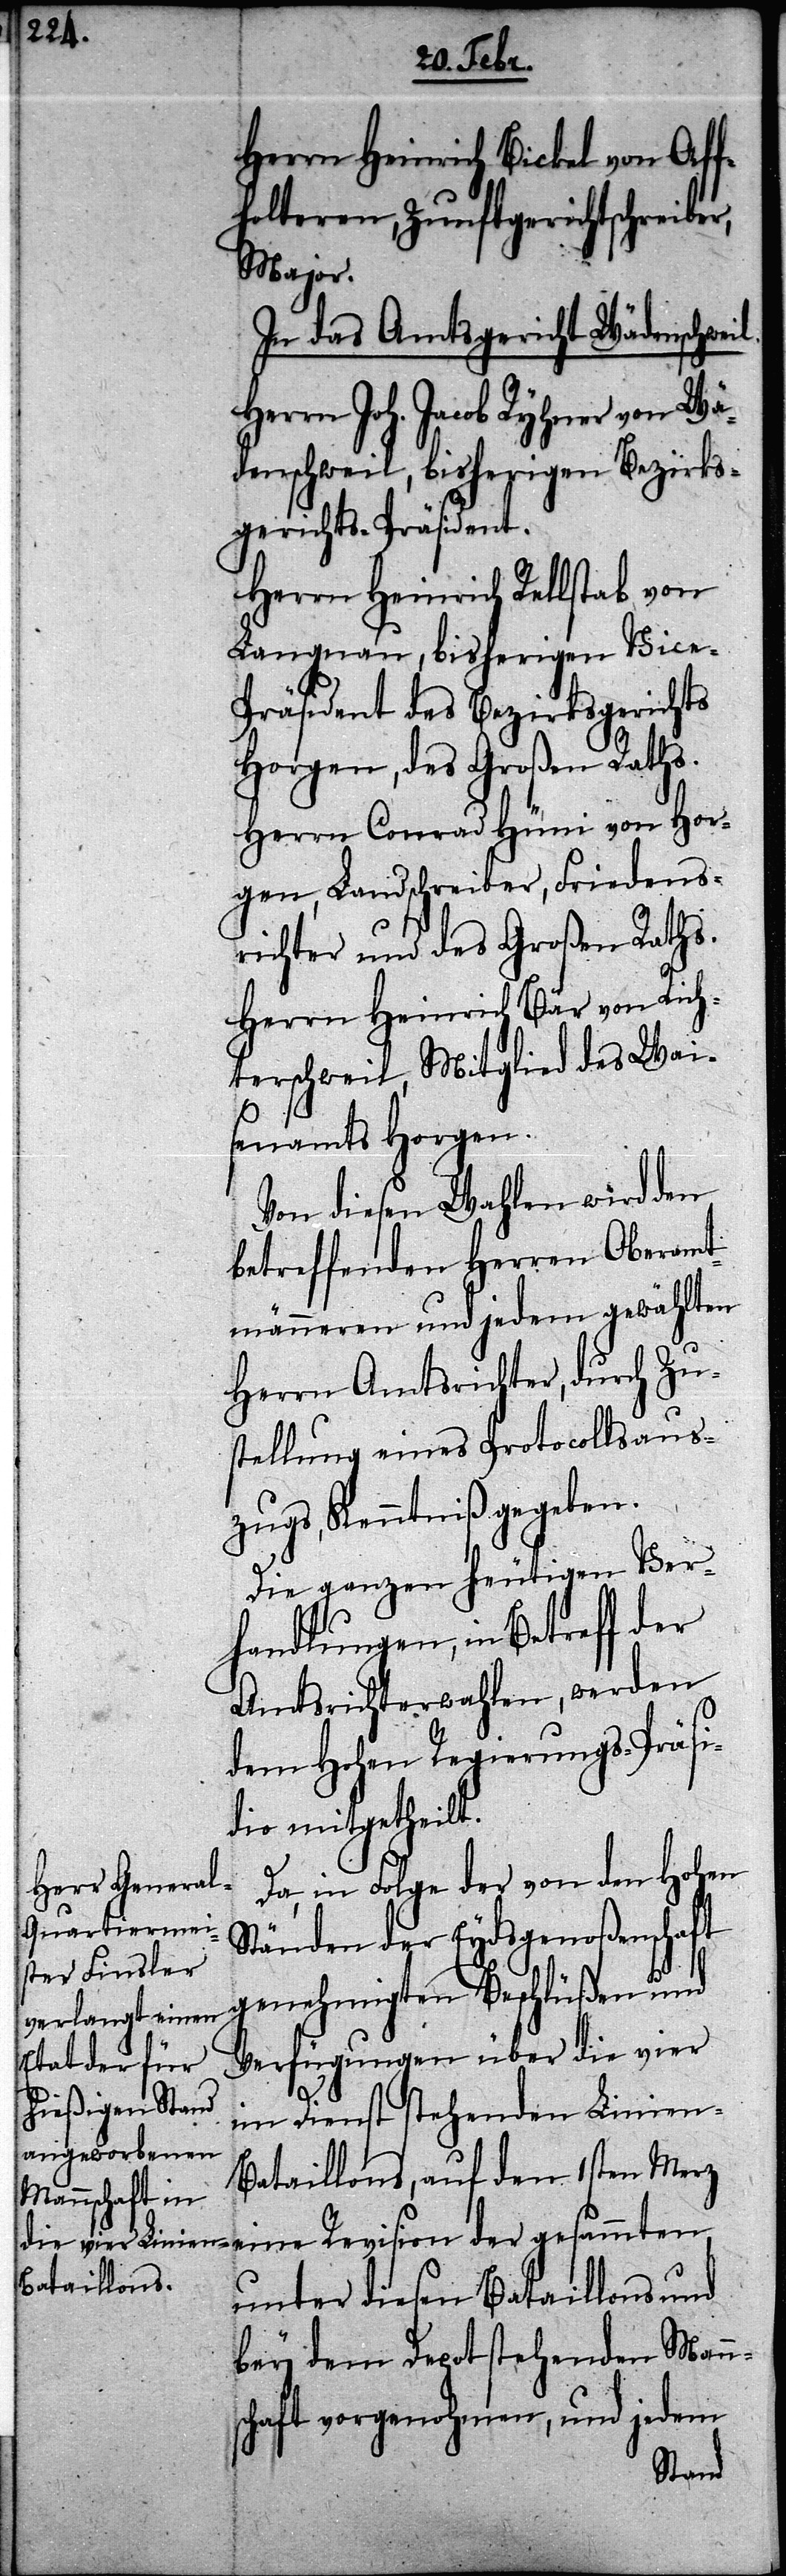
Herrn Heinrich Bickel von Aff¬
holteren, Zunftgerichtschreiber,
Major.
In das Amtsgericht Wädenschwei¬
Herrn Joh. Jacob Ryhner von Wä¬
denschweil, bisherigen Bezirks¬
gerichts-Präsident.
Herrn Heinrich Rellstab von
Langnau, bisherigen Vice-P¬
räsident des Bezirksgerichts
Horgen, des Großen Raths.
Herrn Conrad Hüni von Hor¬
gen, Landschreiber, Friedens¬
richter und des Großen Raths.
Herrn Heinrich Bär von Rich¬
terschweil, Mitglied des Wai¬
senamts Horgen.
Von diesen Wahlen wird den
betreffenden Herren Oberamt¬
männeren und jedem gewählten
Herrn Amtsrichter, durch Zu¬
stellung eines Protocollsaus¬
zugs, Kenntniß gegeben.
Die ganzen heutigen Ver¬
handlungen, in Betreff der
Amtsrichterwahlen, werden
dem Hohen Regierungs-Präsi¬
dio mitgetheilt.
Da in Folge der von den Hohen
Ständen der Eydsgenoßenschaft
genehmigten Beschlüßen und
Verfügungen über die vier
l.
im Dienst stehenden Linien-B¬
ataillons, auf den 1sten Merz
unter diesen Bataillons und
bey dem Depot stehenden Mann¬
schaft vorgenohmen, und jedem